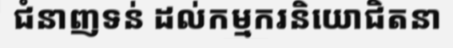
ជំនាញទន់ ដល់កម្មករនិយោជិតនា